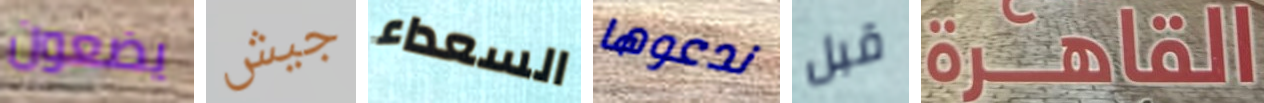
يضعون جيش السعداء ندعوها قبل القاهرة